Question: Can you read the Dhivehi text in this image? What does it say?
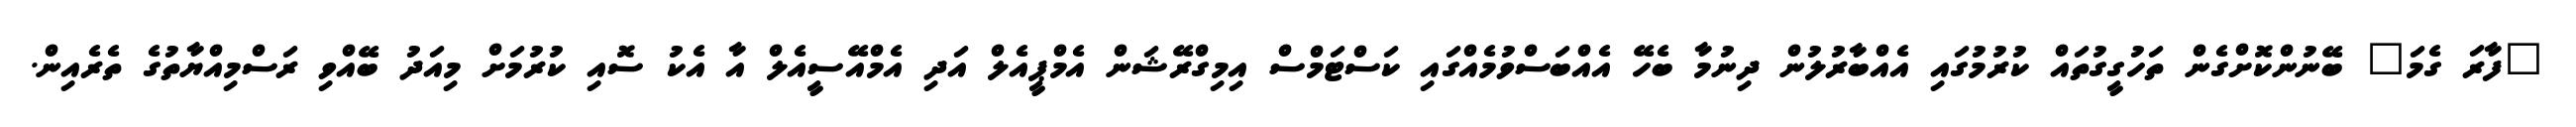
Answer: "ފާރަ ގެމަ" ބޭނުންކޮށްގެން ތަހުގީގުތައް ކުރުމުގައި އެއްބާރުލުން ދިނުމާ ބެހޭ އެއްބަސްވުމެއްގައި ކަސްޓަމްސް އިމިގްރޭޝަން އެމްޕީއެލް އަދި އެމްއޭސީއެލް އާ އެކު ސޮއި ކުރުމަށް މިއަދު ބޭއްވި ރަސްމިއްޔާތުގެ ތެރެއިން.